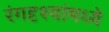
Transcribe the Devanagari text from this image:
रंगदृश्यांमध्ये